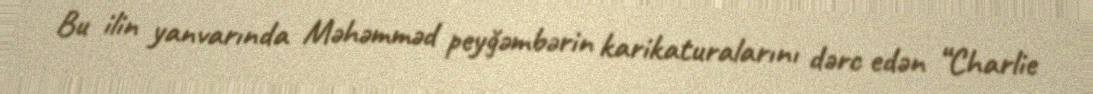
Bu ilin yanvarında Məhəmməd peyğəmbərin karikaturalarını dərc edən “Charlie